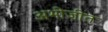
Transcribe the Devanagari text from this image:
अभीजीत